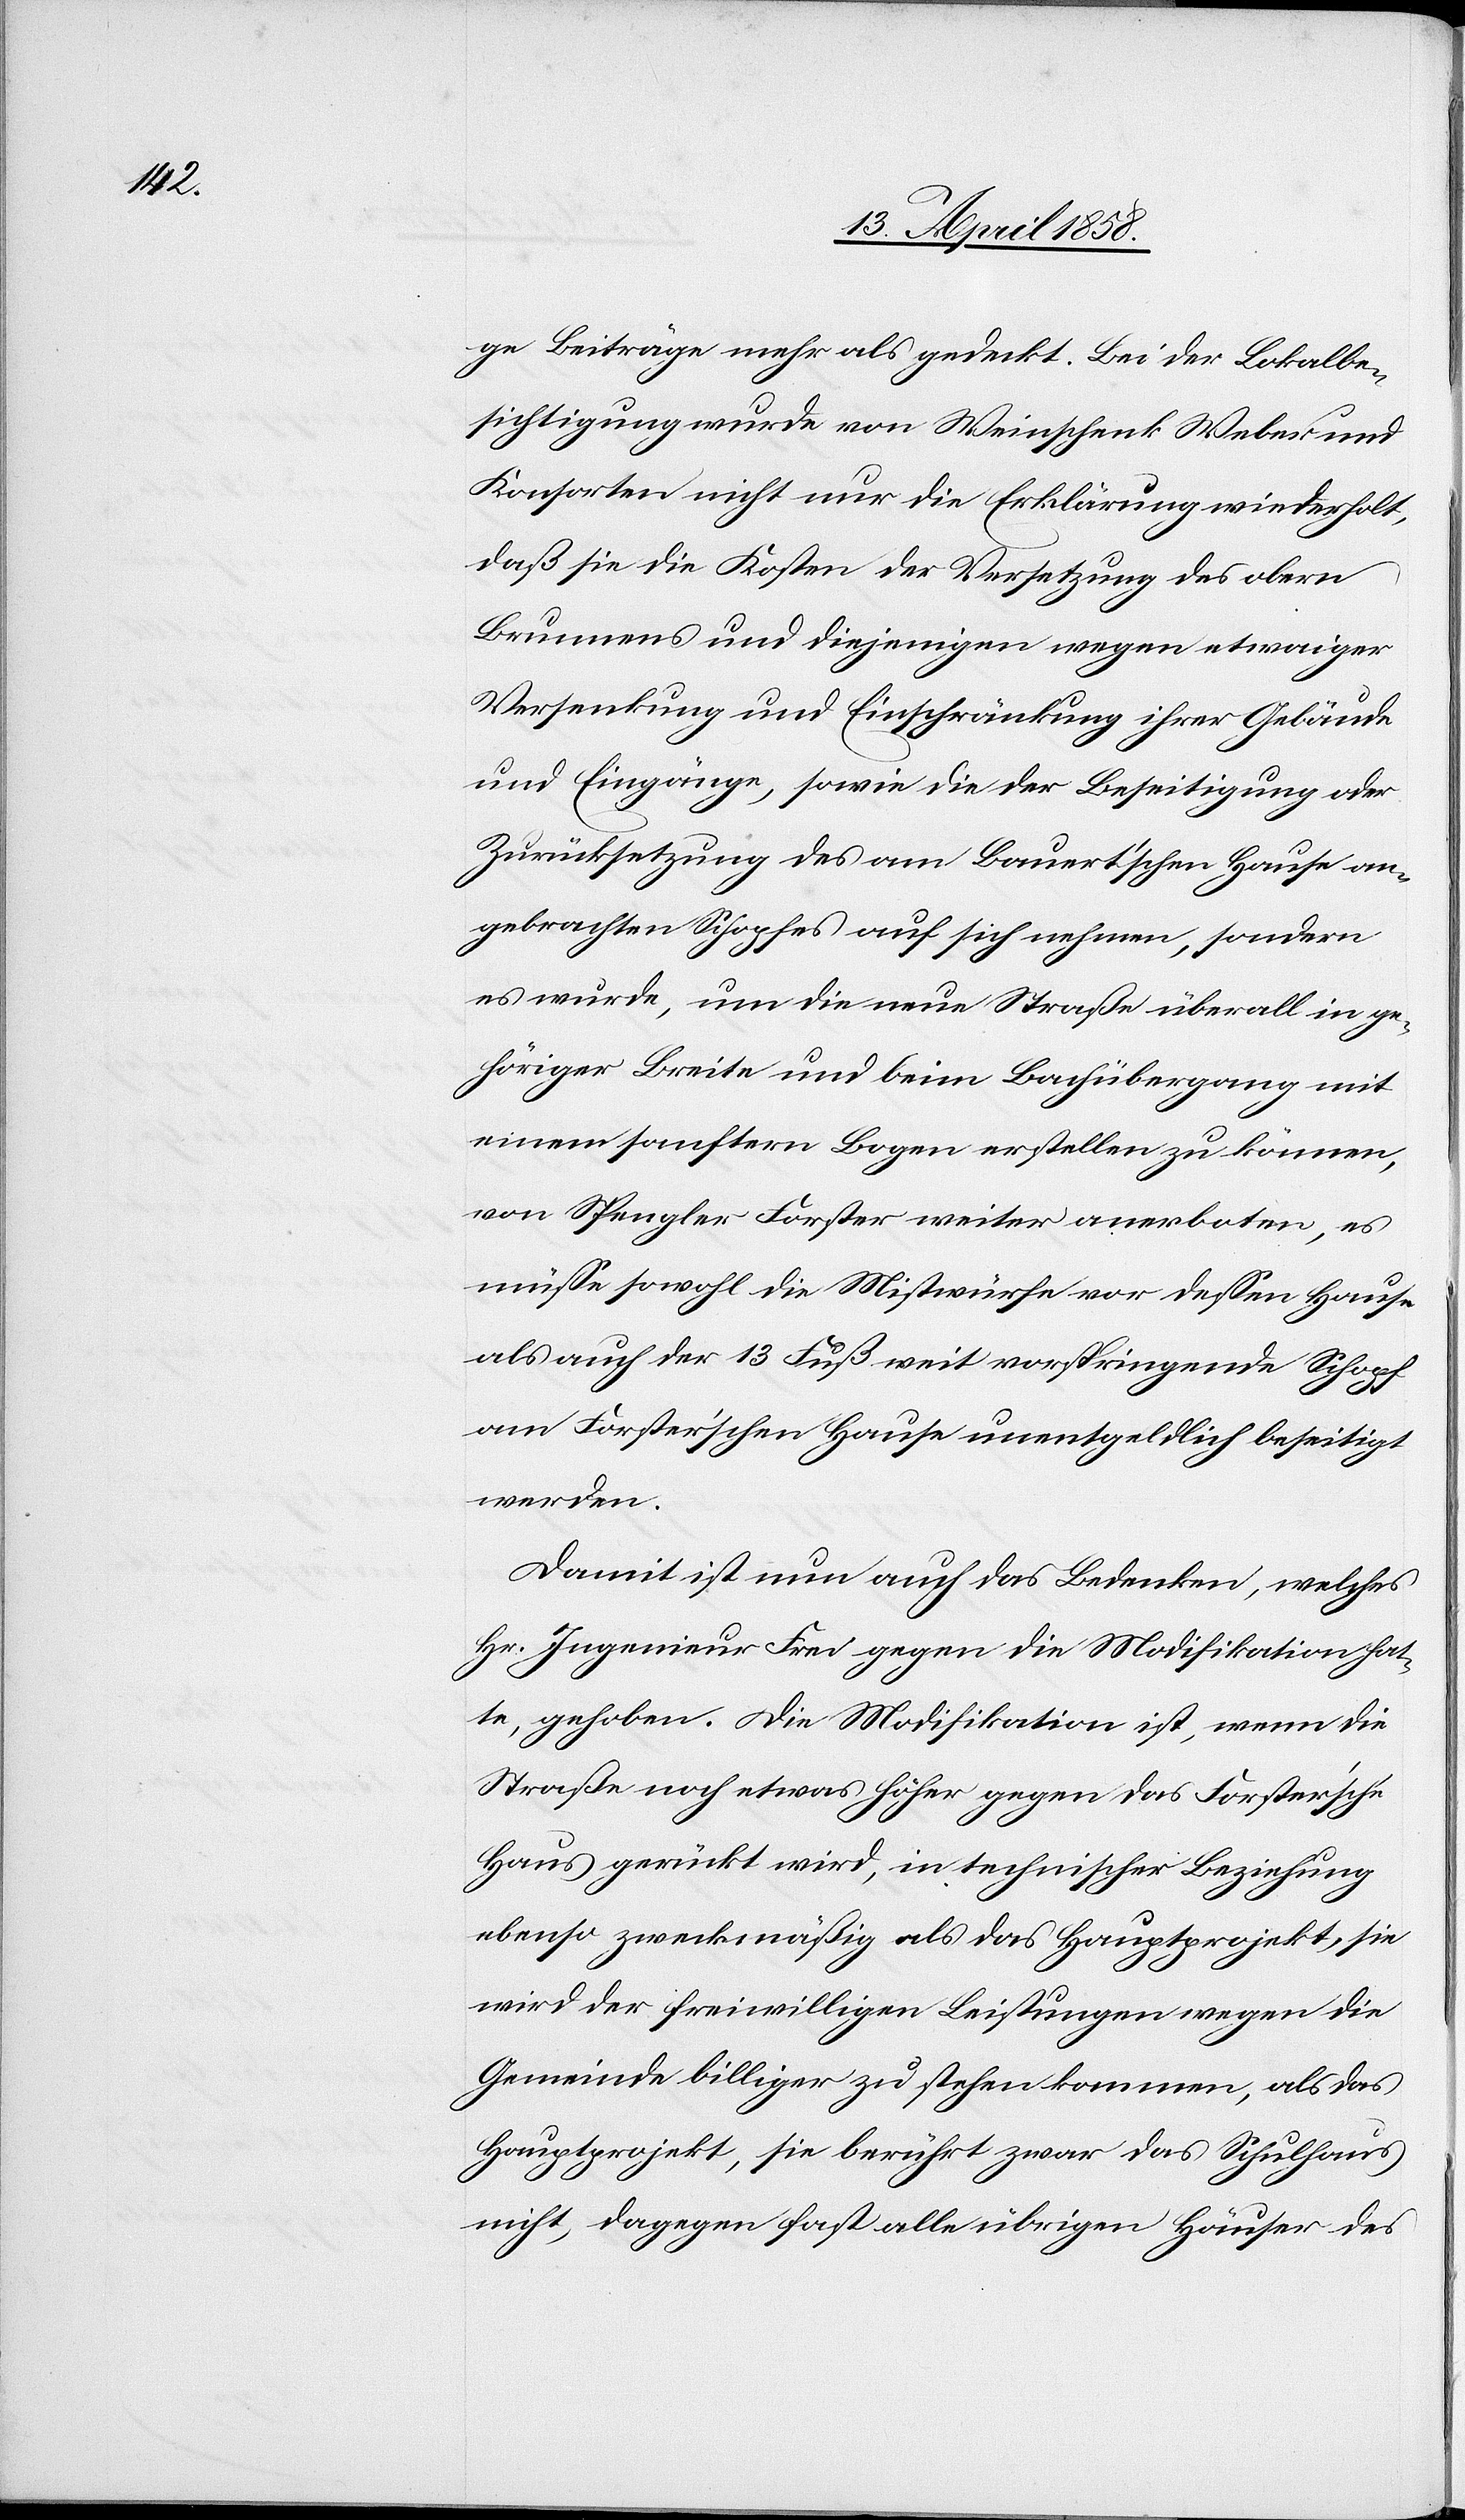
ge Beiträge mehr als gedeckt. Bei der Lokalbe¬
sichtigung wurde von Weinschenk Weber und
Konsorten nicht nur die Erklärung wiederholt,
daß sie die Kosten der Versetzung des obern
Brunnens und diejenigen wegen etwaiger
Versenkung und Einschränkung ihrer Gebäude
und Eingänge, sowie die der Beseitigung oder
Zurücksetzung des am Bauer’tschen Hause an¬
gebrachten Schopfes auf sich nehmen, sondern
es wurde, um die neue Straße überall in ge¬
höriger Breite und beim Bachübergang mit
einem sanftern Bogen erstellen zu können,
von Spengler Forster weiter anerboten, es
müsse sowohl die Mistwürfe vor dessen Hause
als auch der 13 Fuß weit vorspringende Schopf
Forster’schen Hause unentgeldlich beseitigt
werden.
Damit ist nun auch das Bedenken, welches
Hr. Ingenieur Frei gegen die Modifikation hat¬
te, gehoben. Die Modifikation ist, wenn die
Straße noch etwas höher gegen das Forster’sche
Haus gerückt wird, in technischer Beziehung
ebenso zweckmäßig als das Hauptprojekt, sie
wird der freiwilligen Leistungen wegen die
Gemeinde billiger zu stehen kommen, als das
Hauptprojekt, sie berührt zwar das Schulhaus
nicht dagegen fast alle übrigen Häuser des